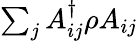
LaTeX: \textstyle\sum_{j}A_{ij}^{\dagger}\rho A_{ij}